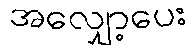
အလျှော့ပေး